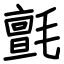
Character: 氈